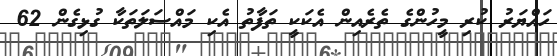
ހައްޔަރު ކުރި މީހުންގެ ތެރެއިން އެކަކީ ތަފާތު އެކި މައްސަލަތަކާ ގުޅިގެން 62